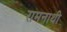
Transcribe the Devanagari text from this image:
रामनाथी